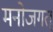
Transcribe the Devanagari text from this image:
मनोजगत्